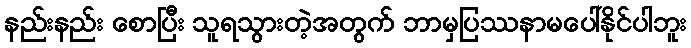
နည်းနည်း စောပြီး သူရသွားတဲ့အတွက် ဘာမှပြဿနာမပေါ်နိုင်ပါဘူး